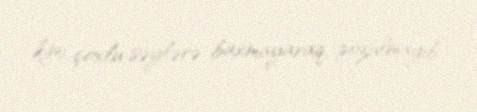
kimi çoxlu səylərə baxmayaraq, pozulmayıb.